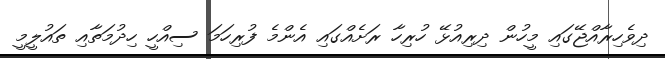
ދިވެހިރާއްޖޭގައި މީހުން ދިރިއުޅޭ ހުރިހާ ރަށެއްގައި އެންމެ ފުރިހަމަ ސިއްހީ ހިދުމަތާއި ތައުލީމީ